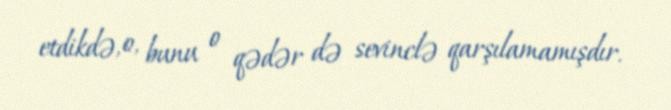
etdikdə, o, bunu o qədər də sevinclə qarşılamamışdır.